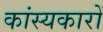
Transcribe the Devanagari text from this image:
कांस्यकारों